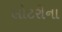
લોટરીના